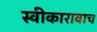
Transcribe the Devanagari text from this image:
स्वीकारावाच